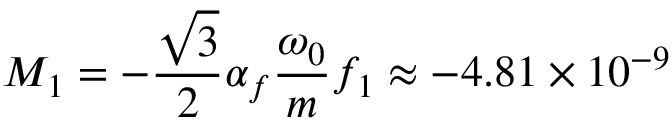
M _ { 1 } = - \frac { \sqrt { 3 } } { 2 } \alpha _ { f } \frac { \omega _ { 0 } } { m } f _ { 1 } \approx - 4 . 8 1 \times 1 0 ^ { - 9 }